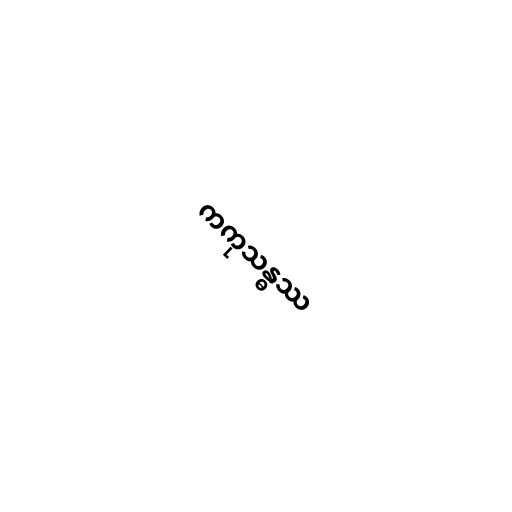
ကကုသန္ဓဿ